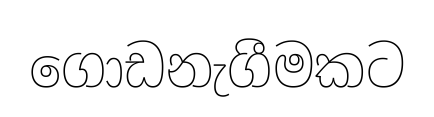
ගොඩනැගීමකට